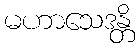
မဟာသေဒန္တိ